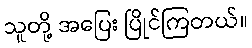
သူတို့ အပြေး ပြိုင်ကြတယ်။